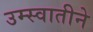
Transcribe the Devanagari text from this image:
उम्स्वातीने